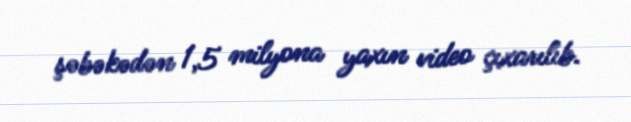
şəbəkədən 1,5 milyona yaxın video çıxarılıb.